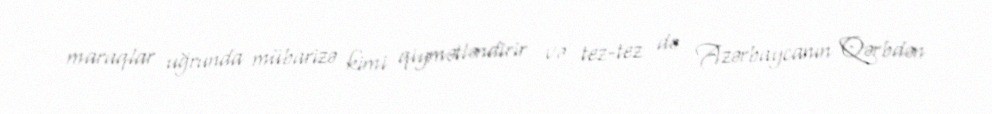
maraqlar uğrunda mübarizə kimi qiymətləndirir və tez-tez də Azərbaycanın Qərbdən